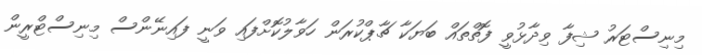
މިނިސްޓަރު ޝިފާ ވިދާޅުވީ ފޮތްތައް ބަޔަކާ ޗާޕްކުރަން ހަވާލުކޮށްފައި ވަނީ ފައިނޭންސް މިނިސްޓްރީން